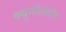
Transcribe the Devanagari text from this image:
क्यूनॉलफॉस